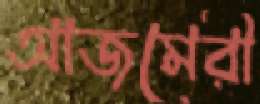
আজমেরী